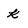
Character: k